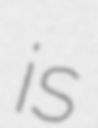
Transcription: is